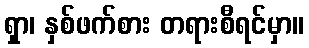
ရှာ၊ နှစ်ဖက်စား တရားစီရင်မှာ။